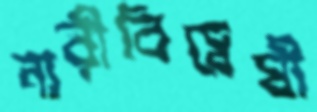
নারীবিদ্বেষী